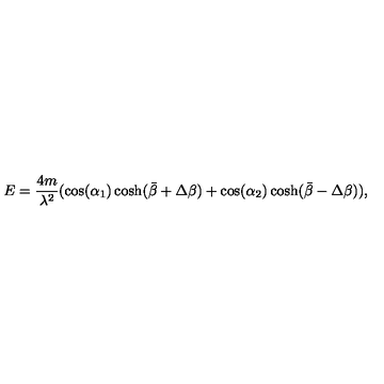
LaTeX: E = \frac { 4 m } { \lambda ^ { 2 } } ( \cos ( \alpha _ { 1 } ) \cosh ( \bar { \beta } + \Delta \beta ) + \cos ( \alpha _ { 2 } ) \cosh ( \bar { \beta } - \Delta \beta ) ) ,